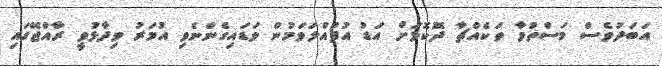
އަބަދުވެސް މަސްތުވާ ތަކެއްޗާ ދޮކޮޅަށް އަޑު އުފުއްލަވަމުން ވަޑައިގެންނެވި އުމަރު ވިދާޅުވީ ރާއްޖޭގައި